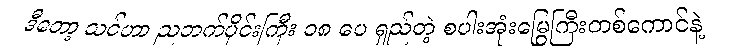
ဒီတော့ သင်ဟာ ညဘက်ပိုင်းကြီး ၁၈ ပေ ရှည်တဲ့ စပါးအုံးမြွေကြီးတစ်ကောင်နဲ့